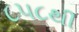
૮૫૮થી